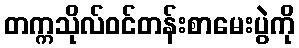
တက္ကသိုလ်ဝင်တန်းစာမေးပွဲကို